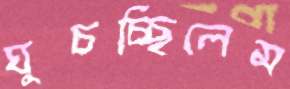
ঘুচচ্ছিলেম